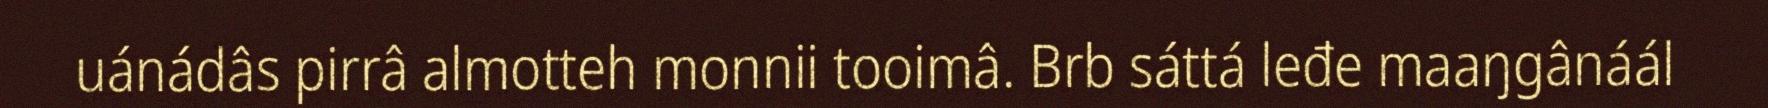
uánádâs pirrâ almotteh monnii tooimâ. Brb sáttá leđe maaŋgânáál